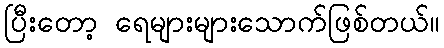
ပြီးတော့ ရေများများသောက်ဖြစ်တယ်။